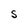
Character: S